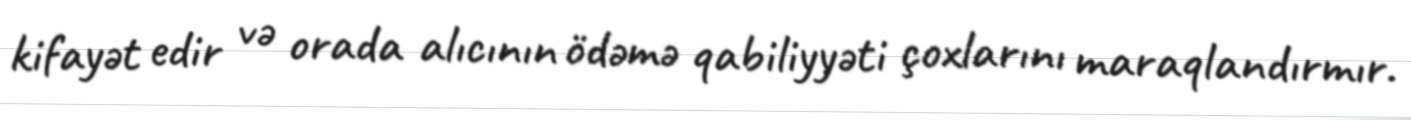
kifayət edir və orada alıcının ödəmə qabiliyyəti çoxlarını maraqlandırmır.